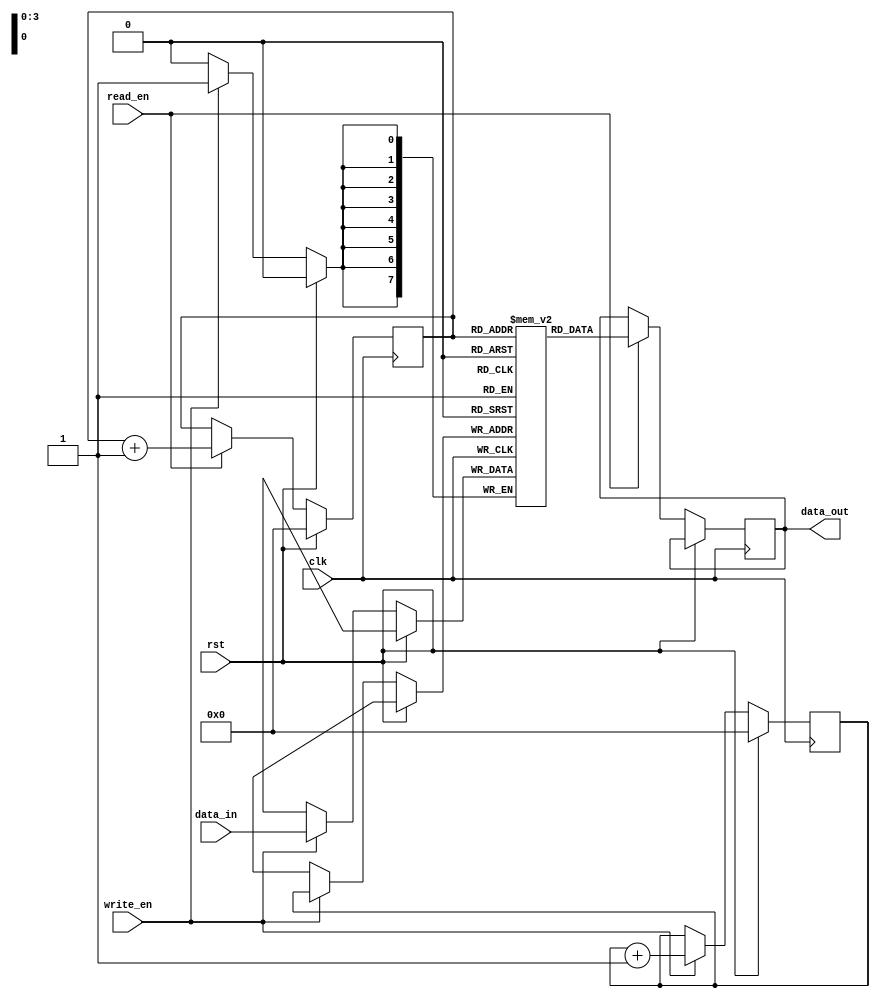
module Gray_FIFO (
    input wire clk,
    input wire rst,
    input wire write_en,
    input wire read_en,
    input wire [7:0] data_in,
    output wire [7:0] data_out
);

reg [7:0] memory [0:15];
reg [3:0] write_ptr, read_ptr;

always @(posedge clk) begin
    if (rst) begin
        write_ptr <= 4'b0000;
        read_ptr <= 4'b0000;
    end else begin
        if (write_en) begin
            memory[write_ptr] <= data_in;
            write_ptr <= write_ptr + 1;
        end
        if (read_en) begin
            data_out <= memory[read_ptr];
            read_ptr <= read_ptr + 1;
        end
    end
end

endmodule